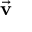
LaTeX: \vec { \textbf { v } }